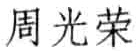
周光荣